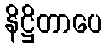
နိဋ္ဌိတာပေ